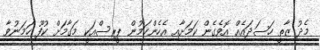
މެދު ޒާތީ ހަސަދައެއް އޮވެގެން ކަމަށާއި އެހެންކަމުން ޕީރިސްއަކީ މަގާމަށް ކުފޫ ހަމަނުވާ